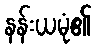
နန်းယမုံ၏